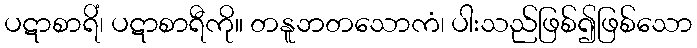
ပဋာစာရိံ၊ ပဋာစာရီကို။ တနူဘတသောကံ၊ ပါးသည်ဖြစ်၍ဖြစ်သော